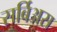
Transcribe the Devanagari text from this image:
सर्बिअस